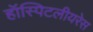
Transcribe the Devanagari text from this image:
हॉस्पिटलीयरेस